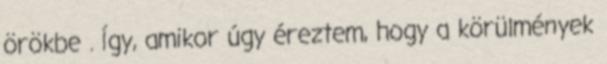
örökbe . Így, amikor úgy éreztem, hogy a körülmények